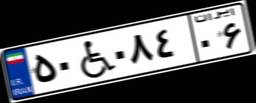
۱۵W۳۳۲۴۲